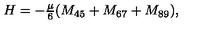
H = - \textstyle { \frac { \mu } { 6 } } ( M _ { 4 5 } + M _ { 6 7 } + M _ { 8 9 } ) ,